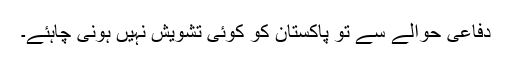
دفاعی حوالے سے تو پاکستان کو کوئی تشویش نہیں ہونی چاہئے۔